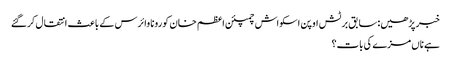
خبر پڑھیں:سابق برٹش اوپن اسکواش چمپئن اعظم خان کورونا وائرس کے باعث انتقال کرگئے
ہے ناں مزے کی بات؟